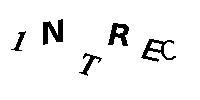
1NTREC